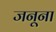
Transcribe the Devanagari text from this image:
जनूना